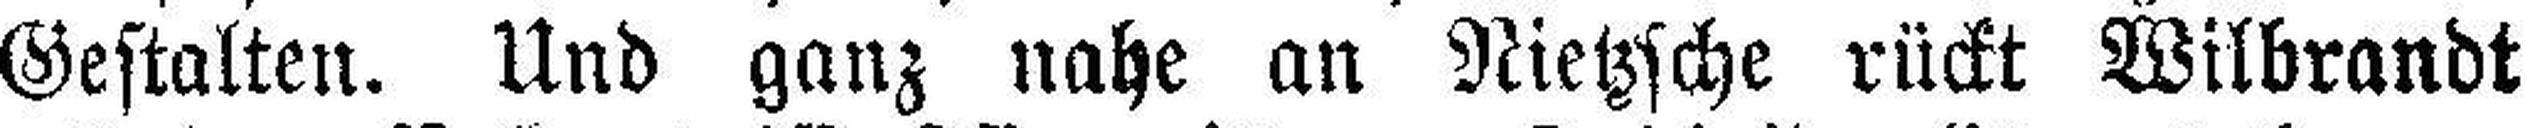
Gestalten. Und ganz nahe an Nietzsche rückt Wilbrandt